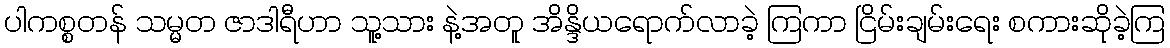
ပါကစ္စတန် သမ္မတ ဇာဒါရီဟာ သူ့သား နဲ့အတူ အိန္ဒိယရောက်လာခဲ့ ကြကာ ငြိမ်းချမ်းရေး စကားဆိုခဲ့ကြ